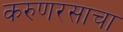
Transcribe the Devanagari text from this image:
करुणरसाचा